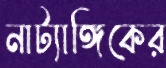
নাট্যাঙ্গিকের